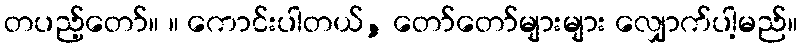
တပည့်တော်။ ။ ကောင်းပါတယ်, တော်တော်များများ လျှောက်ပါ့မည်။